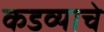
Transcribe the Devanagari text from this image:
कडव्याचे